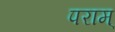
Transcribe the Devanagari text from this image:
पराम्